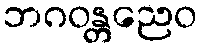
ဘဂဝန္တညေဝ